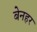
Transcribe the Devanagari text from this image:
बेनहर